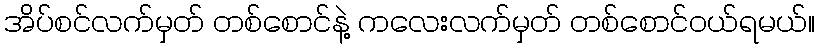
အိပ်စင်လက်မှတ် တစ်စောင်နဲ့ ကလေးလက်မှတ် တစ်စောင်ဝယ်ရမယ်။